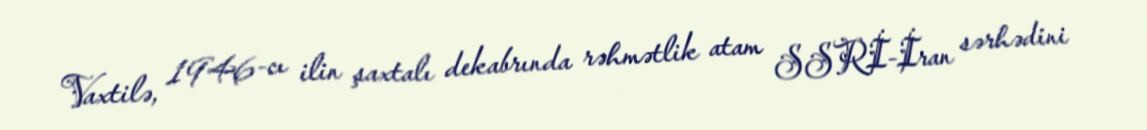
Vaxtilə, 1946-cı ilin şaxtalı dekabrında rəhmətlik atam SSRİ-İran sərhədini